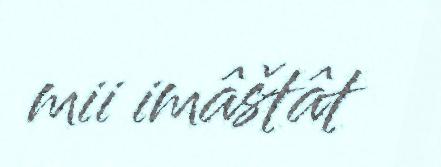
mii imâštât